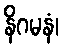
နိဂမနံ၊